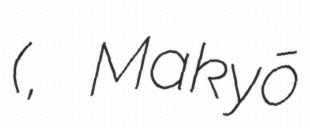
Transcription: (魔境伝説アクロバンチ, Makyō